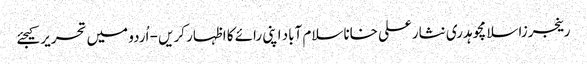
رینجرزاسلامچوہدری نثارعلی خاناسلام آباد اپنی رائے کا اظہار کریں - اُردو میں تحریر کیجئے